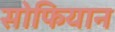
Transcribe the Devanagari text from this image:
सोफियान